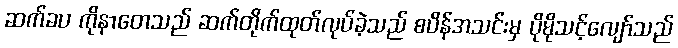
ဆက်ခပ ကိုနာတေသည် ဆက်တိုက်ထုတ်လုပ်ခဲ့သည် စပိန်အသင်းမှ ပိုမိုသင့်လျော်သည်